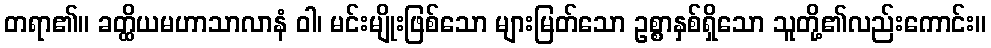
တရာ၏။ ခတ္ထိယမဟာသာလာနံ ဝါ၊ မင်းမျိုးဖြစ်သော များမြတ်သော ဥစ္စာနှစ်ရှိသော သူတို့၏လည်းကောင်း။